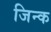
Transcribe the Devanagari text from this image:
जिन्क